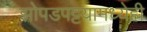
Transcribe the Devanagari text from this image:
झोपडपट्टय़ामध्येही